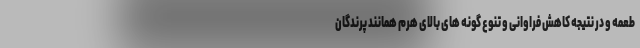
طعمه و در نتیجه کاهش فراوانی و تنوع گونه های بالای هرم همانند پرندگان